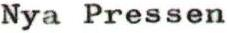
Nya Pressen